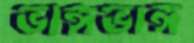
ভাঙ্গভাঙ্গ